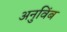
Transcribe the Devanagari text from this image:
अनुविंब